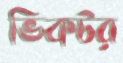
ভিকটর